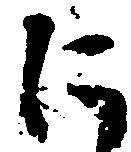
に